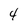
Character: 4